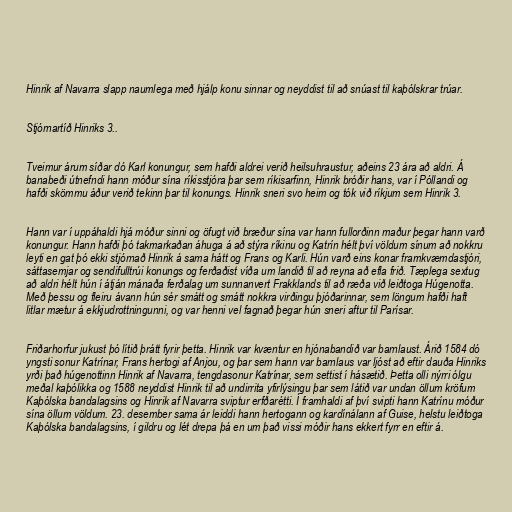
Hinrik af Navarra slapp naumlega með hjálp konu sinnar og neyddist til að snúast til kaþólskrar trúar.

Stjórnartíð Hinriks 3..

Tveimur árum síðar dó Karl konungur, sem hafði aldrei verið heilsuhraustur, aðeins 23 ára að aldri. Á
banabeði útnefndi hann móður sína ríkisstjóra þar sem ríkisarfinn, Hinrik bróðir hans, var í Póllandi og
hafði skömmu áður verið tekinn þar til konungs. Hinrik sneri svo heim og tók við ríkjum sem Hinrik 3.

Hann var í uppáhaldi hjá móður sinni og öfugt við bræður sína var hann fullorðinn maður þegar hann varð
konungur. Hann hafði þó takmarkaðan áhuga á að stýra ríkinu og Katrín hélt því völdum sínum að nokkru
leyti en gat þó ekki stjórnað Hinrik á sama hátt og Frans og Karli. Hún varð eins konar framkvæmdastjóri,
sáttasemjar og sendifulltrúi konungs og ferðaðist víða um landið til að reyna að efla frið. Tæplega sextug
að aldri hélt hún í átján mánaða ferðalag um sunnanvert Frakklands til að ræða við leiðtoga Húgenotta.
Með þessu og fleiru ávann hún sér smátt og smátt nokkra virðingu þjóðarinnar, sem löngum hafði haft
litlar mætur á ekkjudrottningunni, og var henni vel fagnað þegar hún sneri aftur til Parísar.

Friðarhorfur jukust þó lítið þrátt fyrir þetta. Hinrik var kvæntur en hjónabandið var barnlaust. Árið 1584 dó
yngsti sonur Katrínar, Frans hertogi af Anjou, og þar sem hann var barnlaus var ljóst að eftir dauða Hinriks
yrði það húgenottinn Hinrik af Navarra, tengdasonur Katrínar, sem settist í hásætið. Þetta olli nýrri ólgu
meðal kaþólikka og 1588 neyddist Hinrik til að undirrita yfirlýsingu þar sem látið var undan öllum kröfum
Kaþólska bandalagsins og Hinrik af Navarra sviptur erfðarétti. Í framhaldi af því svipti hann Katrínu móður
sína öllum völdum. 23. desember sama ár leiddi hann hertogann og kardínálann af Guise, helstu leiðtoga
Kaþólska bandalagsins, í gildru og lét drepa þá en um það vissi móðir hans ekkert fyrr en eftir á.